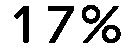
17%